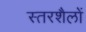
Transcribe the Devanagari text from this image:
स्तरशैलों